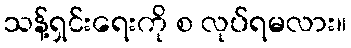
သန့်ရှင်းရေးကို စ လုပ်ရမလား။